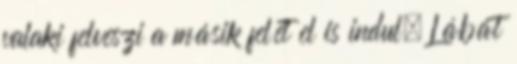
valaki felveszi a másik felét el is indul. Lábát